Source: Handwritten
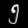
Digit: ၅ (5)